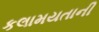
કલામયતાની